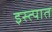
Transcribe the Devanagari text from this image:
इस्त्पात